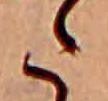
た